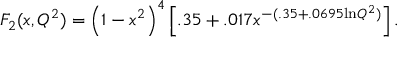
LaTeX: F _ { 2 } ( x , Q ^ { 2 } ) = \left( 1 - x ^ { 2 } \right) ^ { 4 } \left[ . 3 5 + . 0 1 7 x ^ { - ( . 3 5 + . 0 6 9 5 \mathrm { l n } Q ^ { 2 } ) } \right] .